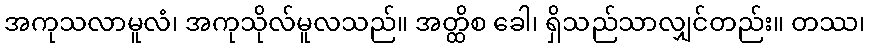
အကုသလာမူလံ၊ အကုသိုလ်မူလသည်။ အတ္ထိစ ခေါ၊ ရှိသည်သာလျှင်တည်း။ တဿ၊